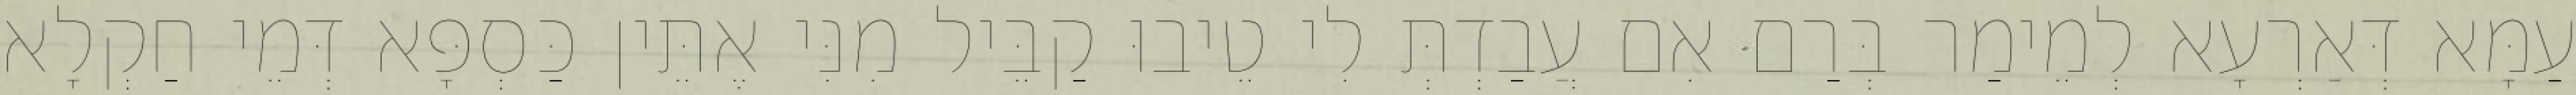
עַמָּא דְּאַרְעָא לְמֵימַר בְּרַם אִם עֲבַדְתְּ לִי טֵיבוּ קַבֵּיל מִנִּי אֶתֵּין כַּסְפָּא דְּמֵי חַקְלָא